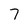
Character: 7